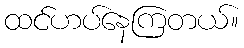
ထင်ဟပ်နေကြတယ်။